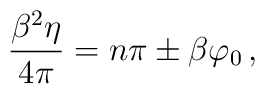
\frac{\beta^{2}\eta}{4\pi}=n\pi \pm \beta\varphi_{0}\,,